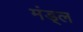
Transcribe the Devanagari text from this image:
मंड्ल